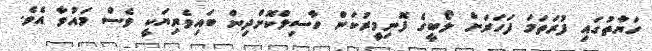
ހަޔާތުގައި ފުރަތަމަ ފަހަރަށް ލޯބީގެ ފޮނިމީރުކަން ހާސިލްކޮށްދިން ބައިވެރިޔަކީ ވެސް މައުވާ އެވެ.